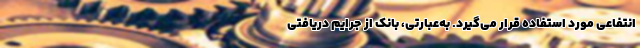
انتفاعی مورد استفاده قرار می‌گیرد. به‌عبارتی، بانک از جرایم دریافتی